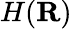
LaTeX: H(\mathbf{R})